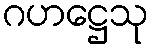
ဂဟဋ္ဌေသု